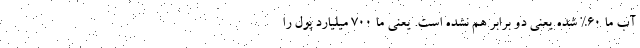
آب ما ۶۰% شده یعنی دو برابر هم نشده است. یعنی ما ۷۰۰ میلیارد پول را